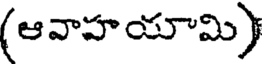
(ఆవాహయామి)